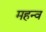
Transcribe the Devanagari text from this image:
महन्व